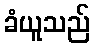
ခံယူသည်